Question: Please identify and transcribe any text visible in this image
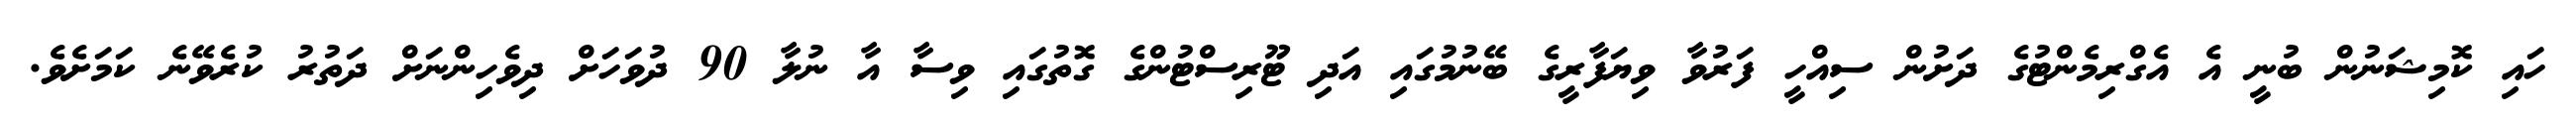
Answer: ހައި ކޮމިޝަނުން ބުނީ އެ އެގްރިމެންޓުގެ ދަށުން ސިއްހީ ފަރުވާ ވިޔަފާރީގެ ބޭނުމުގައި އަދި ޓޫރިސްޓުންގެ ގޮތުގައި ވިސާ އާ ނުލާ 90 ދުވަހަށް ދިވެހިންނަށް ދަތުރު ކުރެވޭނެ ކަމަށެވެ.